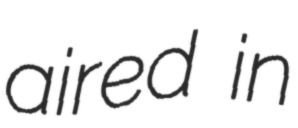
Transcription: aired in